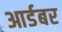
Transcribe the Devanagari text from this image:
आर्डबर